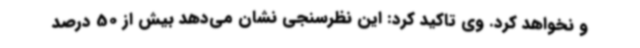
و نخواهد کرد. وی تاکید کرد: این نظرسنجی نشان می‌دهد بیش از 50 درصد